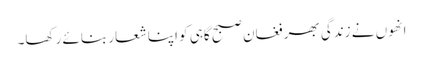
انھوں نے زندگی بھر فغان صبح گاہی کو اپنا شعار بنائے رکھا۔